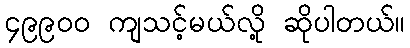
၄၉၉၀၀ ကျသင့်မယ်လို့ ဆိုပါတယ်။